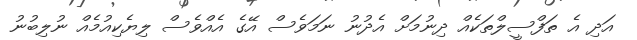
އަދި އެ ތަފްސީލްތަކެއް ދިނުމަށް އެދުނު ނަމަވެސް އޭގެ އެއްވެސް ލިޔެކިއުމެއް ނުލިބުނު